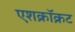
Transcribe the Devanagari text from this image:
एशक्रॉक्रट